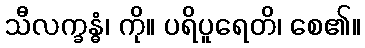
သီလက္ခန္ဓံ၊ ကို။ ပရိပူရေတိ၊ စေ၏။